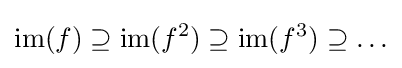
\mathrm {im} (f)\supseteq \mathrm {im} (f^{2})\supseteq \mathrm {im} (f^{3})\supseteq \ldots